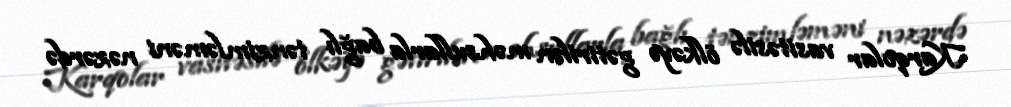
Karqolar vasitəsilə ölkəyə gətirilən məhsullarla bağlı tənzimləməni nəzərdə